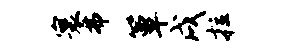
寰弗簟戌拉